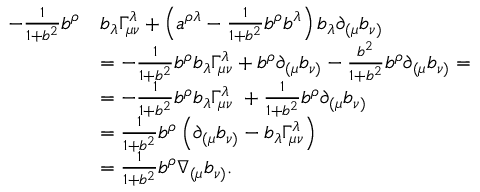
\begin{array} { r l } { - \frac { 1 } { 1 + b ^ { 2 } } b ^ { \rho } } & { b _ { \lambda } \Gamma _ { \mu \nu } ^ { \lambda } + \left( a ^ { \rho \lambda } - \frac { 1 } { 1 + b ^ { 2 } } b ^ { \rho } b ^ { \lambda } \right) b _ { \lambda } \partial _ { ( \mu } b _ { \nu ) } } \\ & { = - \frac { 1 } { 1 + b ^ { 2 } } b ^ { \rho } b _ { \lambda } \Gamma _ { \mu \nu } ^ { \lambda } + b ^ { \rho } \partial _ { ( \mu } b _ { \nu ) } - \frac { b ^ { 2 } } { 1 + b ^ { 2 } } b ^ { \rho } \partial _ { ( \mu } b _ { \nu ) } = } \\ & { = - \frac { 1 } { 1 + b ^ { 2 } } b ^ { \rho } b _ { \lambda } \Gamma _ { \mu \nu } ^ { \lambda } \ + \frac { 1 } { 1 + b ^ { 2 } } b ^ { \rho } \partial _ { ( \mu } b _ { \nu ) } } \\ & { = \frac { 1 } { 1 + b ^ { 2 } } b ^ { \rho } \left( \partial _ { ( \mu } b _ { \nu ) } - b _ { \lambda } \Gamma _ { \mu \nu } ^ { \lambda } \right) } \\ & { = \frac { 1 } { 1 + b ^ { 2 } } b ^ { \rho } \nabla _ { ( \mu } b _ { \nu ) } . } \end{array}